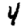
Digit: 4